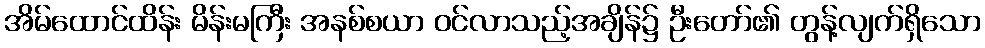
အိမ်ထောင်ထိန်း မိန်းမကြီး အနစ်စယာ ဝင်လာသည့်အချိန်၌ ဦးတော်၏ တွန့်လျက်ရှိသော